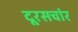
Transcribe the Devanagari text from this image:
दूरसचांर